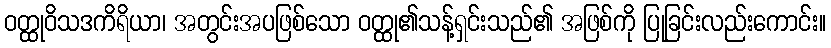
ဝတ္ထုဝိသဒကိရိယာ၊ အတွင်းအပဖြစ်သော ဝတ္ထု၏သန့်ရှင်းသည်၏ အဖြစ်ကို ပြုခြင်းလည်းကောင်း။